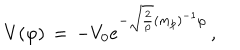
V ( \varphi ) \, = \, - V _ { 0 } e ^ { - \sqrt { \frac { 2 } { p } } ( m _ { p } ) ^ { - 1 } \varphi } \, ,